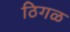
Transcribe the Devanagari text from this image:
ठिगळ